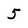
Character: 5